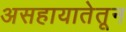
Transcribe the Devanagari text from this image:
असहायातेतून